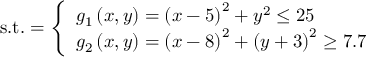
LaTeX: { \mathrm { s . t . } } = { \left\{ \begin{array} { l l } { g _ { 1 } \left( x , y \right) = \left( x - 5 \right) ^ { 2 } + y ^ { 2 } \leq 2 5 } \\ { g _ { 2 } \left( x , y \right) = \left( x - 8 \right) ^ { 2 } + \left( y + 3 \right) ^ { 2 } \geq 7 . 7 } \end{array} \right. }